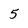
Character: 5